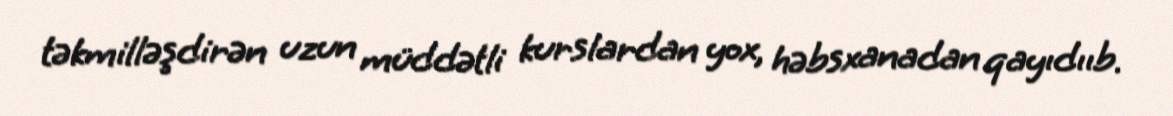
təkmilləşdirən uzun müddətli kurslardan yox, həbsxanadan qayıdııb.